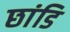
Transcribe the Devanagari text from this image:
छांडि